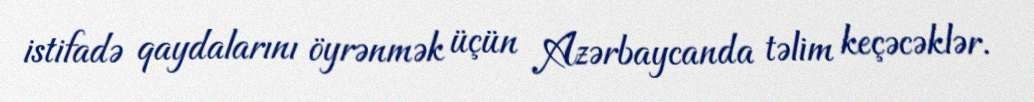
istifadə qaydalarını öyrənmək üçün Azərbaycanda təlim keçəcəklər.